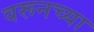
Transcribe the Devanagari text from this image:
वरूनच्या